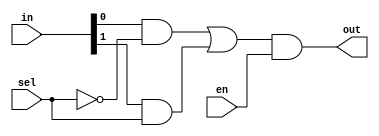
`timescale 1ns / 1ps
//////////////////////////////////////////////////////////////////////////////////
// Company: 
// Engineer: 
// 
// Design Name: 
// Module Name: mux2_1
// Project Name: 
// Target Devices: 
// Tool Versions: 
// Description: 
// 
// Dependencies: 
// 
// Revision:
// Revision 0.01 - File Created
// Additional Comments:
// 
//////////////////////////////////////////////////////////////////////////////////


module mux2_1(output out,
              input [1:0]in,
              input sel,
              input en);
wire w1,w2,w3,nsel;
not n1(nsel,sel);
and a1(w1,in[0],nsel);
and a2(w2,in[1],sel);
or o1(w3,w1,w2);
and a3(out,w3,en);

endmodule